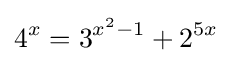
4^{x}=3^{x^{2}-1}+2^{5x}